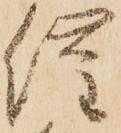
催